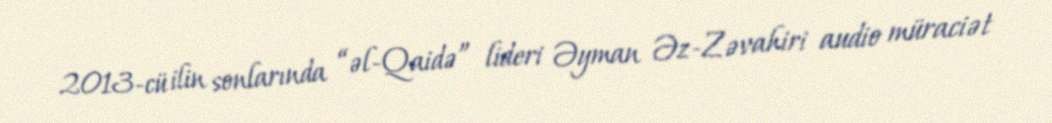
2013-cü ilin sonlarında “əl-Qaidə” lideri Əyman Əz-Zəvahiri audio müraciət